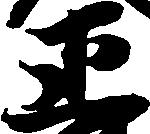
正